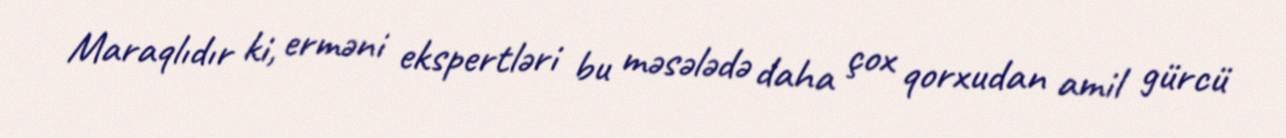
Maraqlıdır ki, erməni ekspertləri bu məsələdə daha çox qorxudan amil gürcü